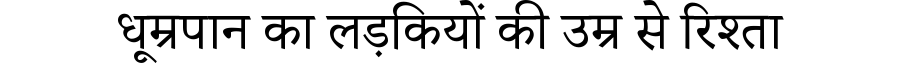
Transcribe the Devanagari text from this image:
धूम्रपान का लड़कियों की उम्र से रिश्ता